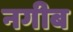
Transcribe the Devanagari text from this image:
नगीब